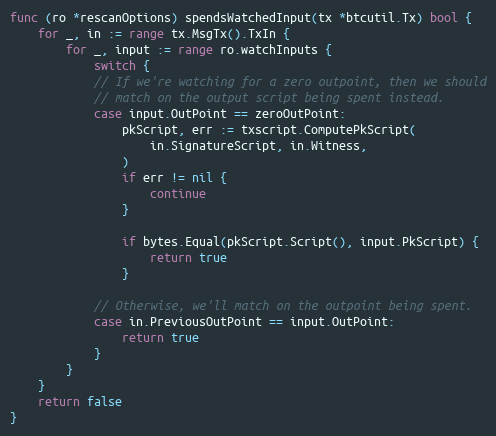
Language: Go
func (ro *rescanOptions) spendsWatchedInput(tx *btcutil.Tx) bool {
	for _, in := range tx.MsgTx().TxIn {
		for _, input := range ro.watchInputs {
			switch {
			// If we're watching for a zero outpoint, then we should
			// match on the output script being spent instead.
			case input.OutPoint == zeroOutPoint:
				pkScript, err := txscript.ComputePkScript(
					in.SignatureScript, in.Witness,
				)
				if err != nil {
					continue
				}

				if bytes.Equal(pkScript.Script(), input.PkScript) {
					return true
				}

			// Otherwise, we'll match on the outpoint being spent.
			case in.PreviousOutPoint == input.OutPoint:
				return true
			}
		}
	}
	return false
}